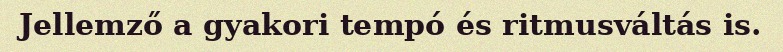
Jellemző a gyakori tempó és ritmusváltás is.